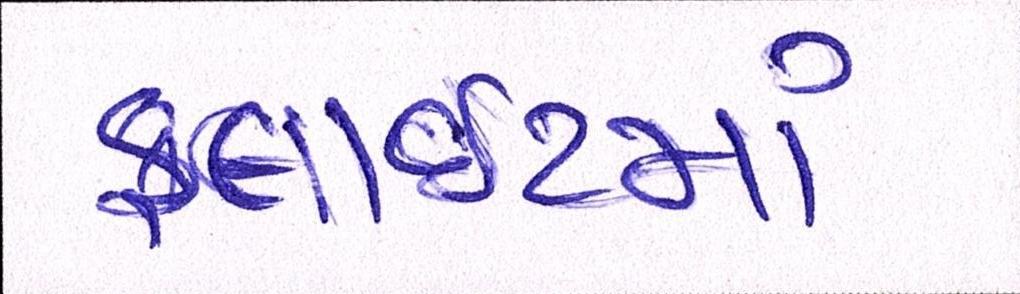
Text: ફ્લાઈટમાં